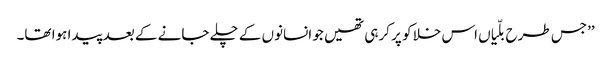
’’جس طرح بلّیاں اس خلا کو پر کرہی تھیں جو انسانوں کے چلے جانے کے بعد پیدا ہوا تھا۔